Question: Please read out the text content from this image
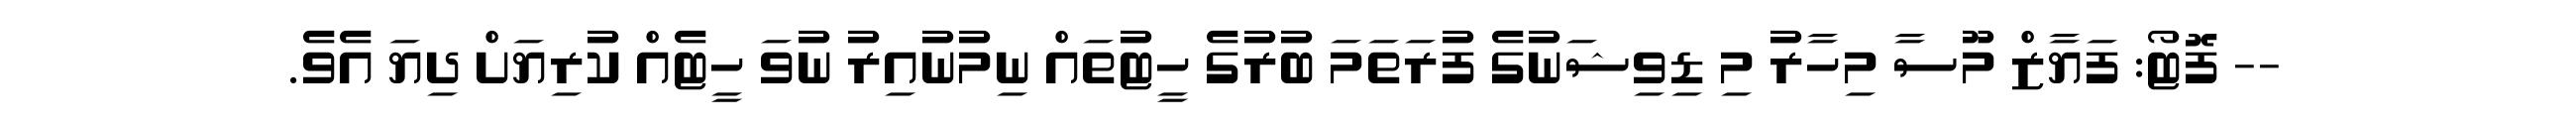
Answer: -- ފޮޓޯ: ފަޔާޒް މޫސާ މިހާރު މި ޑިވިޝަނުގެ ފުރަތަމަ ބުރުގެ ހީޓުތައް ނިމުނުއިރު ނުވަ ހީޓެއް ކުރިޔަށް ދިޔަ އެވެ.